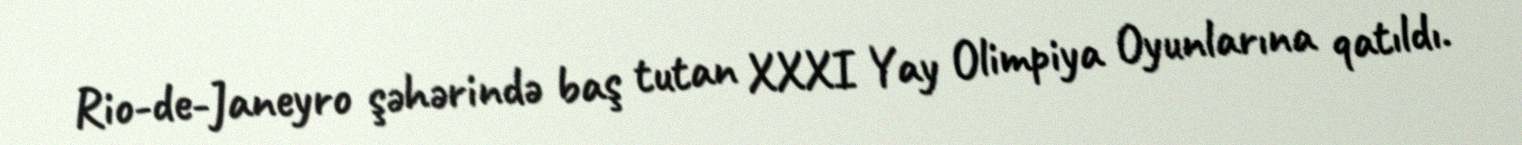
Rio-de-Janeyro şəhərində baş tutan XXXI Yay Olimpiya Oyunlarına qatıldı.